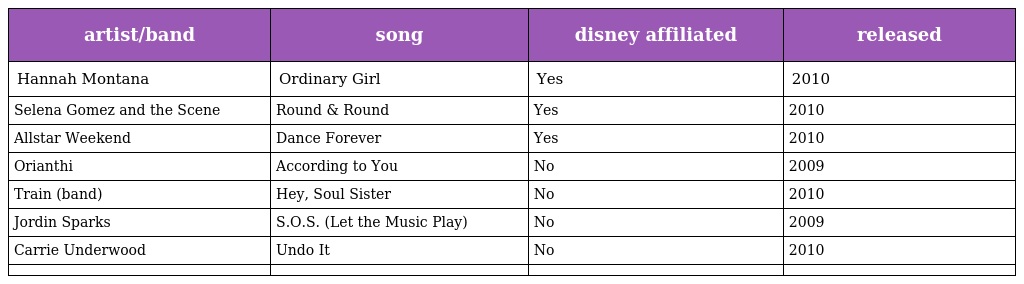
| artist/band | song | disney affiliated | released |
 | --- | --- | --- | --- |
 | Hannah Montana | Ordinary Girl | Yes | 2010 |
 | Selena Gomez and the Scene | Round & Round | Yes | 2010 |
 | Allstar Weekend | Dance Forever | Yes | 2010 |
 | Orianthi | According to You | No | 2009 |
 | Train (band) | Hey, Soul Sister | No | 2010 |
 | Jordin Sparks | S.O.S. (Let the Music Play) | No | 2009 |
 | Carrie Underwood | Undo It | No | 2010 |
 |  |  |  |  |